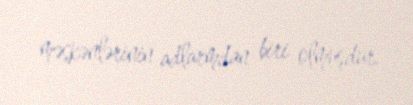
məskənlərinin adlarmdan biri olmuşdur.